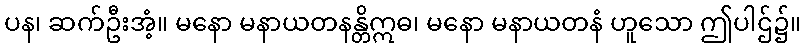
ပန၊ ဆက်ဦးအံ့။ မနော မနာယတနန္တိဣဓ၊ မနော မနာယတနံ ဟူသော ဤပါဌ်၌။